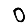
Digit: 0